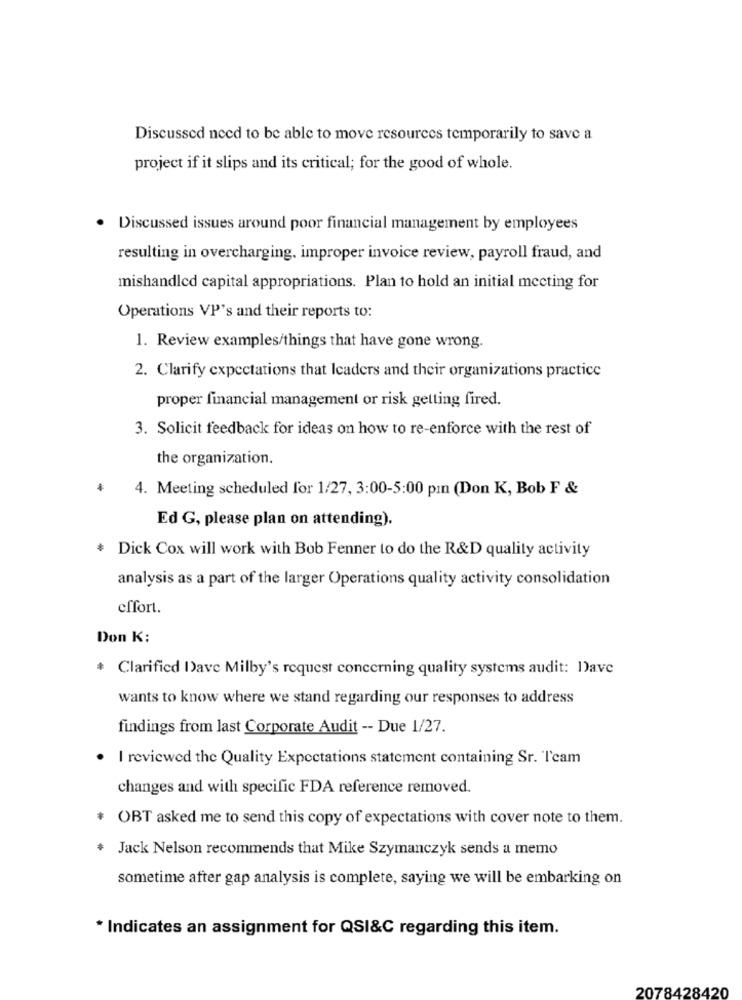
Discussed need to be able to move resources temporarily to save a
project if it slips and its critical; for the good of whole.
· Discussed issues around poor financial management by employees
resulting in overcharging. improper invoice review, payroll fraud, and
mishandled capital appropriations. Plan to hold an initial meeting for
Operations VP's and their reports to:
1. Review examples/things that have gone wrong.
2. Clarify expectations that leaders and their organizations practice
proper financial management or risk getting fired.
3. Solicit feedback for ideas on how to re-enforce with the rest of
the organization.
4. Meeting scheduled for 1/27, 3:00-5:00 pın (Don K, Bob F &
Ed G, please plan on attending).
* Dick Cox will work with Bob Fenner to do the R&D quality activity
analysis as a part of the larger Operations quality activity consolidation
effort.
Don K:
Clarified Dave Milby's request concerning quality systems audit: Dave
wants to know where we stand regarding our responses to address
findings from last Corporate Audit -- Due 1/27.
I reviewed the Quality Expectations statement containing Sr. Team
changes and with specific FDA reference removed.
* OBT asked me to send this copy of expectations with cover note to them.
Jack Nelson recommends that Mike Szymanczyk sends a memo
sometime after gap analysis is complete, saying we will be embarking on
* Indicates an assignment for QSI&C regarding this item.
2078428420